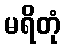
မရိတုံ